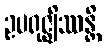
ဥပရုဇ္ဈိဿန္တိ